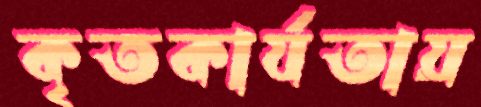
কৃতকার্যতায়